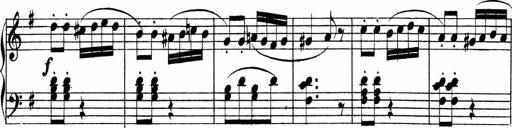
Title: 3 Sonatinen
Composer: Heinrich Lichner